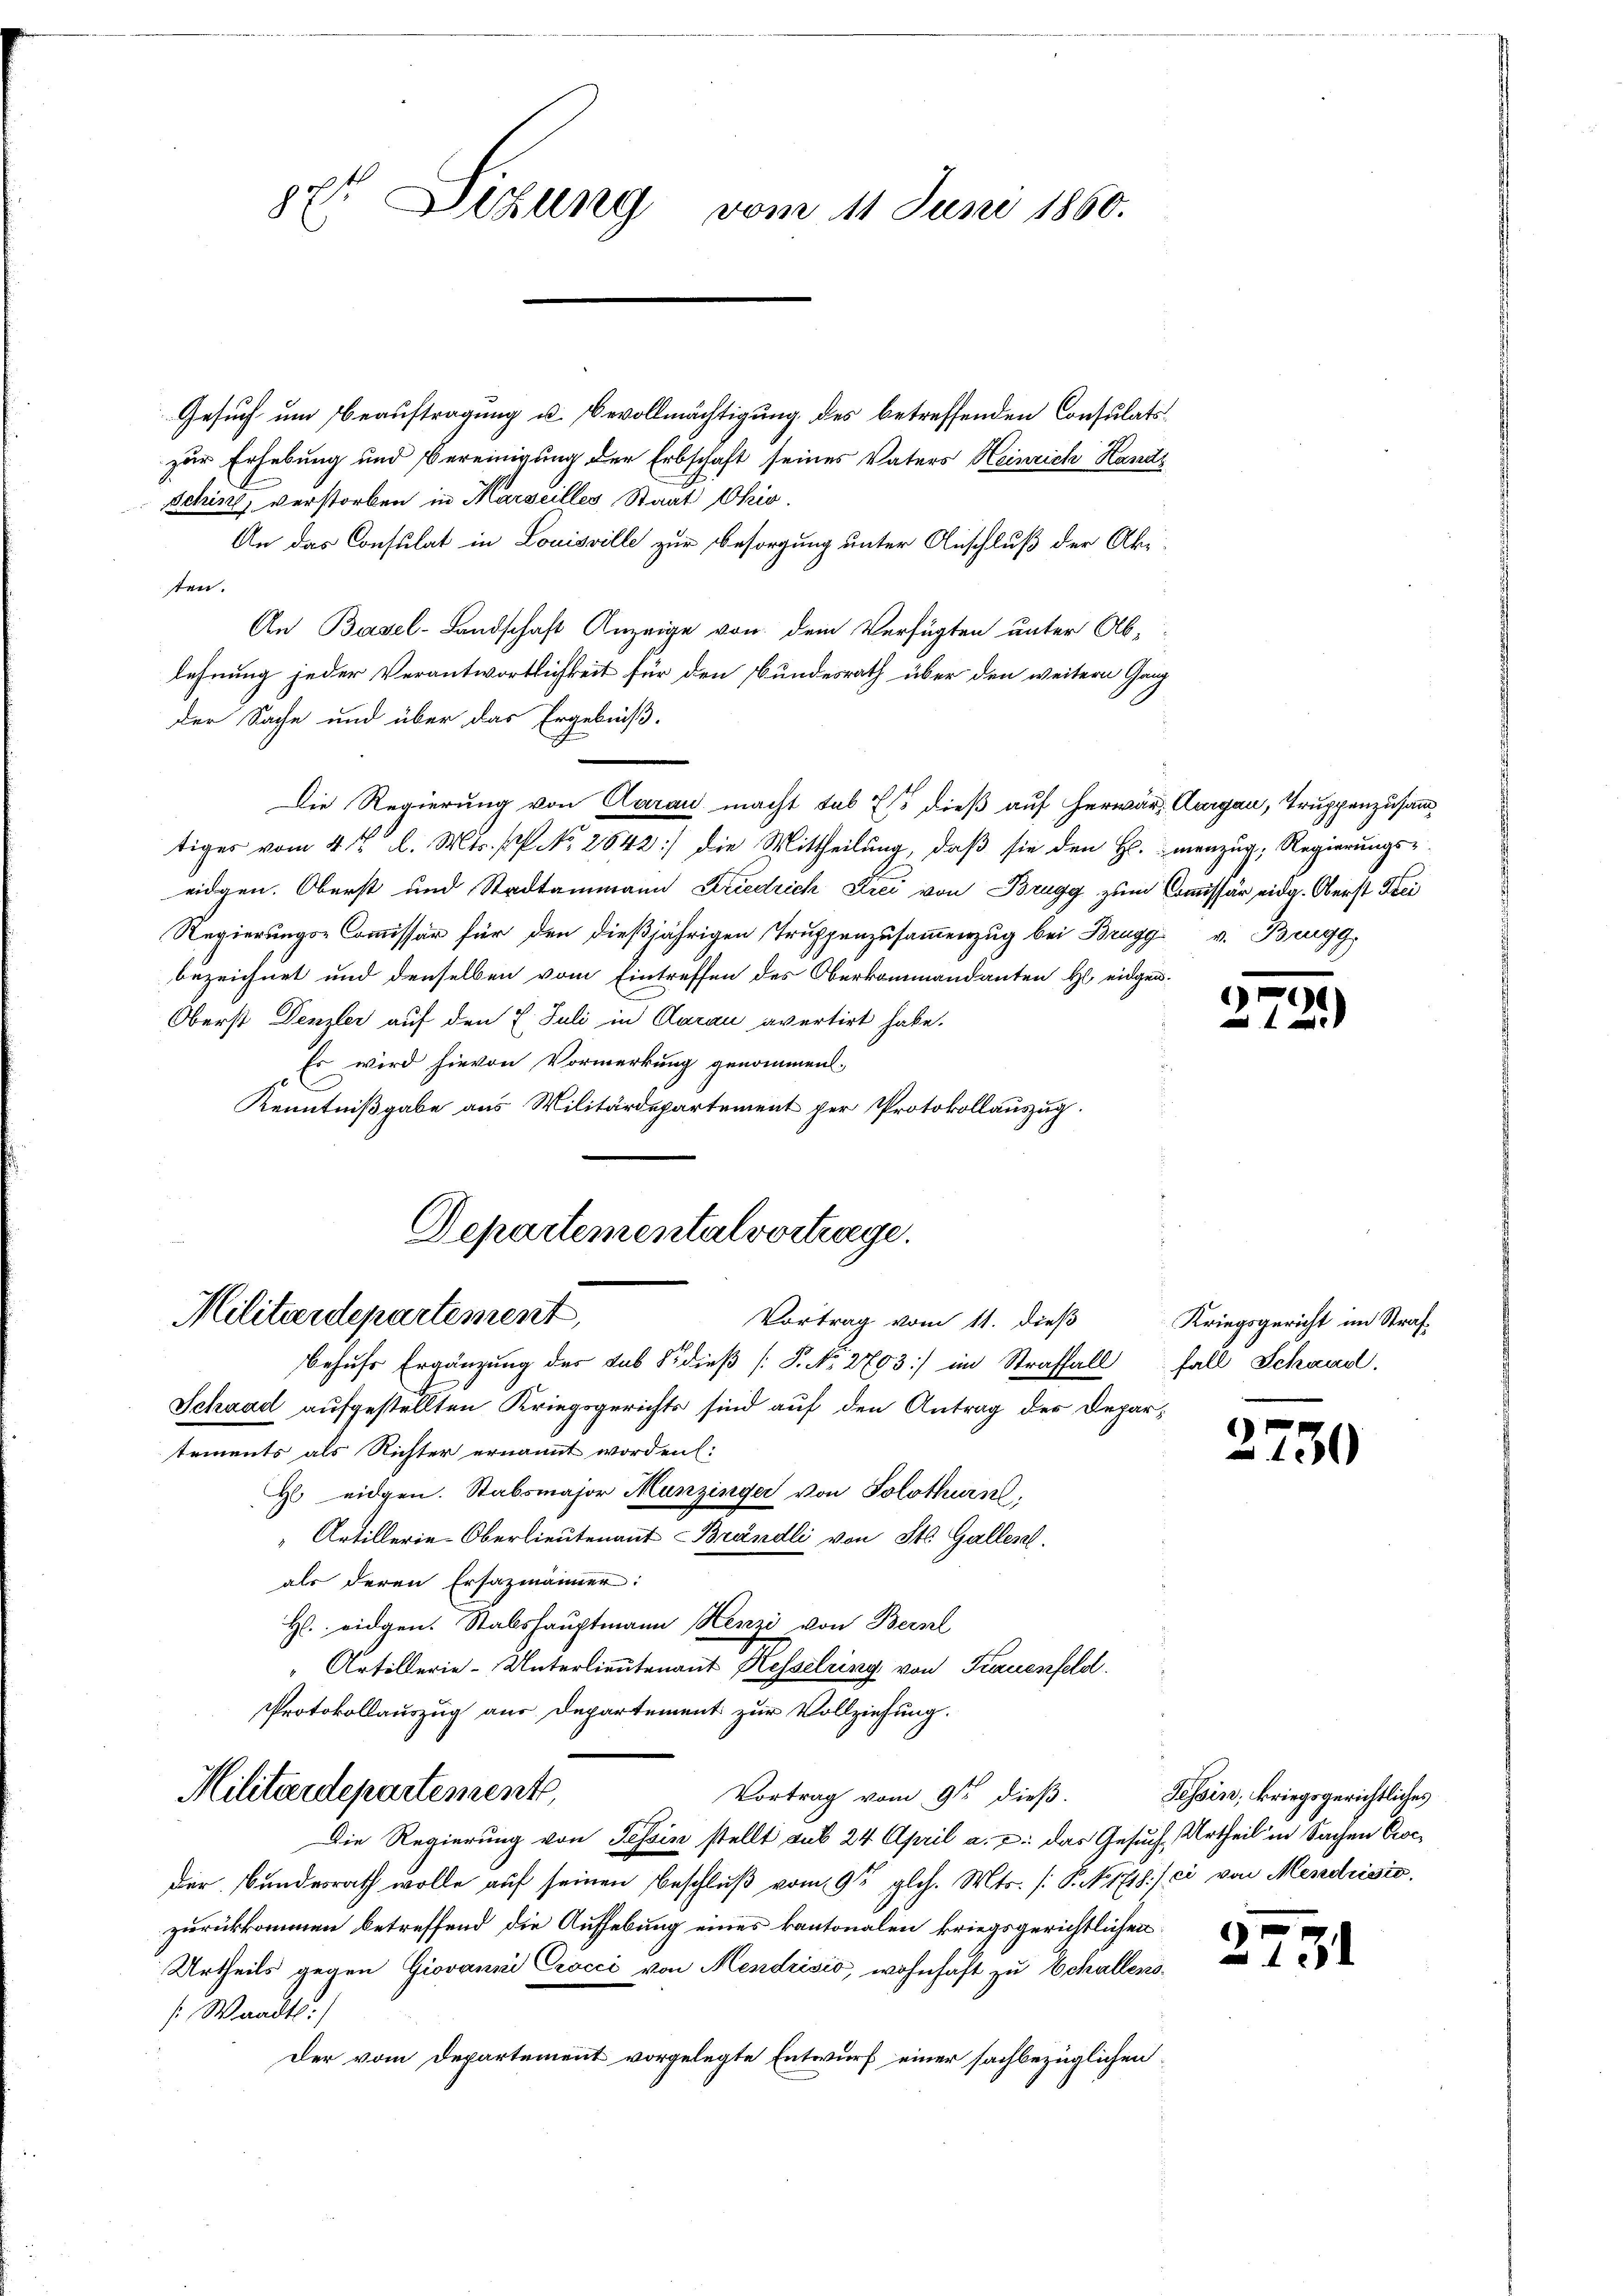
E Sizung vom 11 Juni 1860.

Gesuch um Beauftragung u. Bevollmächtigung des betreffenden Consulatszur Erhebung und Vereinigung der Erbschaft seines Vaters Heinrich Hands
Schinel, verstorben in Marseilles Staat Chio.
An das Consulat in Louisville zur Besorgung unter Anschluß der Ak
sten.
An Basel-Landschaft Anzeige von dem Verfügten unter Ablehnung jeder Verantwortlichkeit für den Bundesrath über den weitern Gang
der Sache und über das Ergebniß,
Die Regierung von Aarau macht sub 21 dieß auf herwär, Aargau, Truppenzusam
tiger vom 4 t l. Mts. f. No. 2642) die Mittheilung, daß sie den Hs. menzug, Regierungs-
eidgen. Oberst und Stadtammann Friedrich Drei von Brugg zum Commissär eidg. Oberst Krei
Regierungs-Commissär für den dießjährigen Truppenzusammenzug bei Brugg v. Brugg,
bezeichnet und denselben vom Eintreffen des Oberkommandanten H. eidgen¬
Oberst Denzler auf den L. Juli in Aarau avertirt habe.
Es wird hievon Vormerkung genommen.
Kenntnißgabe aus Militärdepartement per Protokollauszug.
Departementalvortrage.

Militärdepartement,
Vortrag vom 11. dieß
behufs Ergänzung des sub 8. dieβ (T. No. 2703) im Straffall fall Schaadl.
Schaad aufgestellten Kriegsgerichts sind auf den Antrag der Depar¬

tements als Richter ernannt worden (:
H eidgen. Stabsmajor Munzinger von Solothurn,
"Artillerie-Oberlieutenant Brändli von St. Galles.
als deren Ersazmänner:
H eidgen. Stabshauptmann Henzi von Bernl
“ Artillerie-Unterlieutenant Hesselring von Frauenfeld.
Protokollauszug aus Departement zur Vollziehung.
Militärdepartemente,
Vortrag vom 9ten dieß.
Die Regierung von Tessin stellt aus 24 April a. u. das Gesuch Urtheil in Sachen Crocder Bundesrath wolle auf seinen Beschluß vom 9ten gl. Mts. /: P. No. 1718.) ci von Mendrisis.
zurückkommen betreffend die Aufhebung eines kantonalen kriegsgerichtlichen
Urtheils gegen Giovanni Crocci von Mendrisić, wohnhaft zu Echallenss: Waadt:
Der vom Departement vorgelegte Entwurf einer sachbezüglichen

¬

)

Kriegsgericht im Straf¬

2750

Tessin, kriegsgerichtliches

0
131